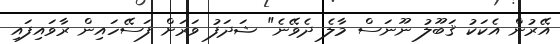
އޭރުން އެކަކު ޤަބޫލު ނޫނަސް މާލެ ދެވޭނެ" ޝަދަފު ވަރަށް ފަސޭހައިން ރާވައިފައި